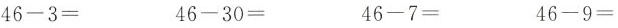
46-3= 46-30= 46-7= 46-9=